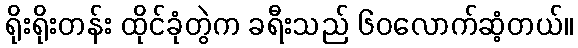
ရိုးရိုးတန်း ထိုင်ခုံတွဲက ခရီးသည် ၆၀လောက်ဆံ့တယ်။